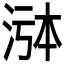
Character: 𬇸